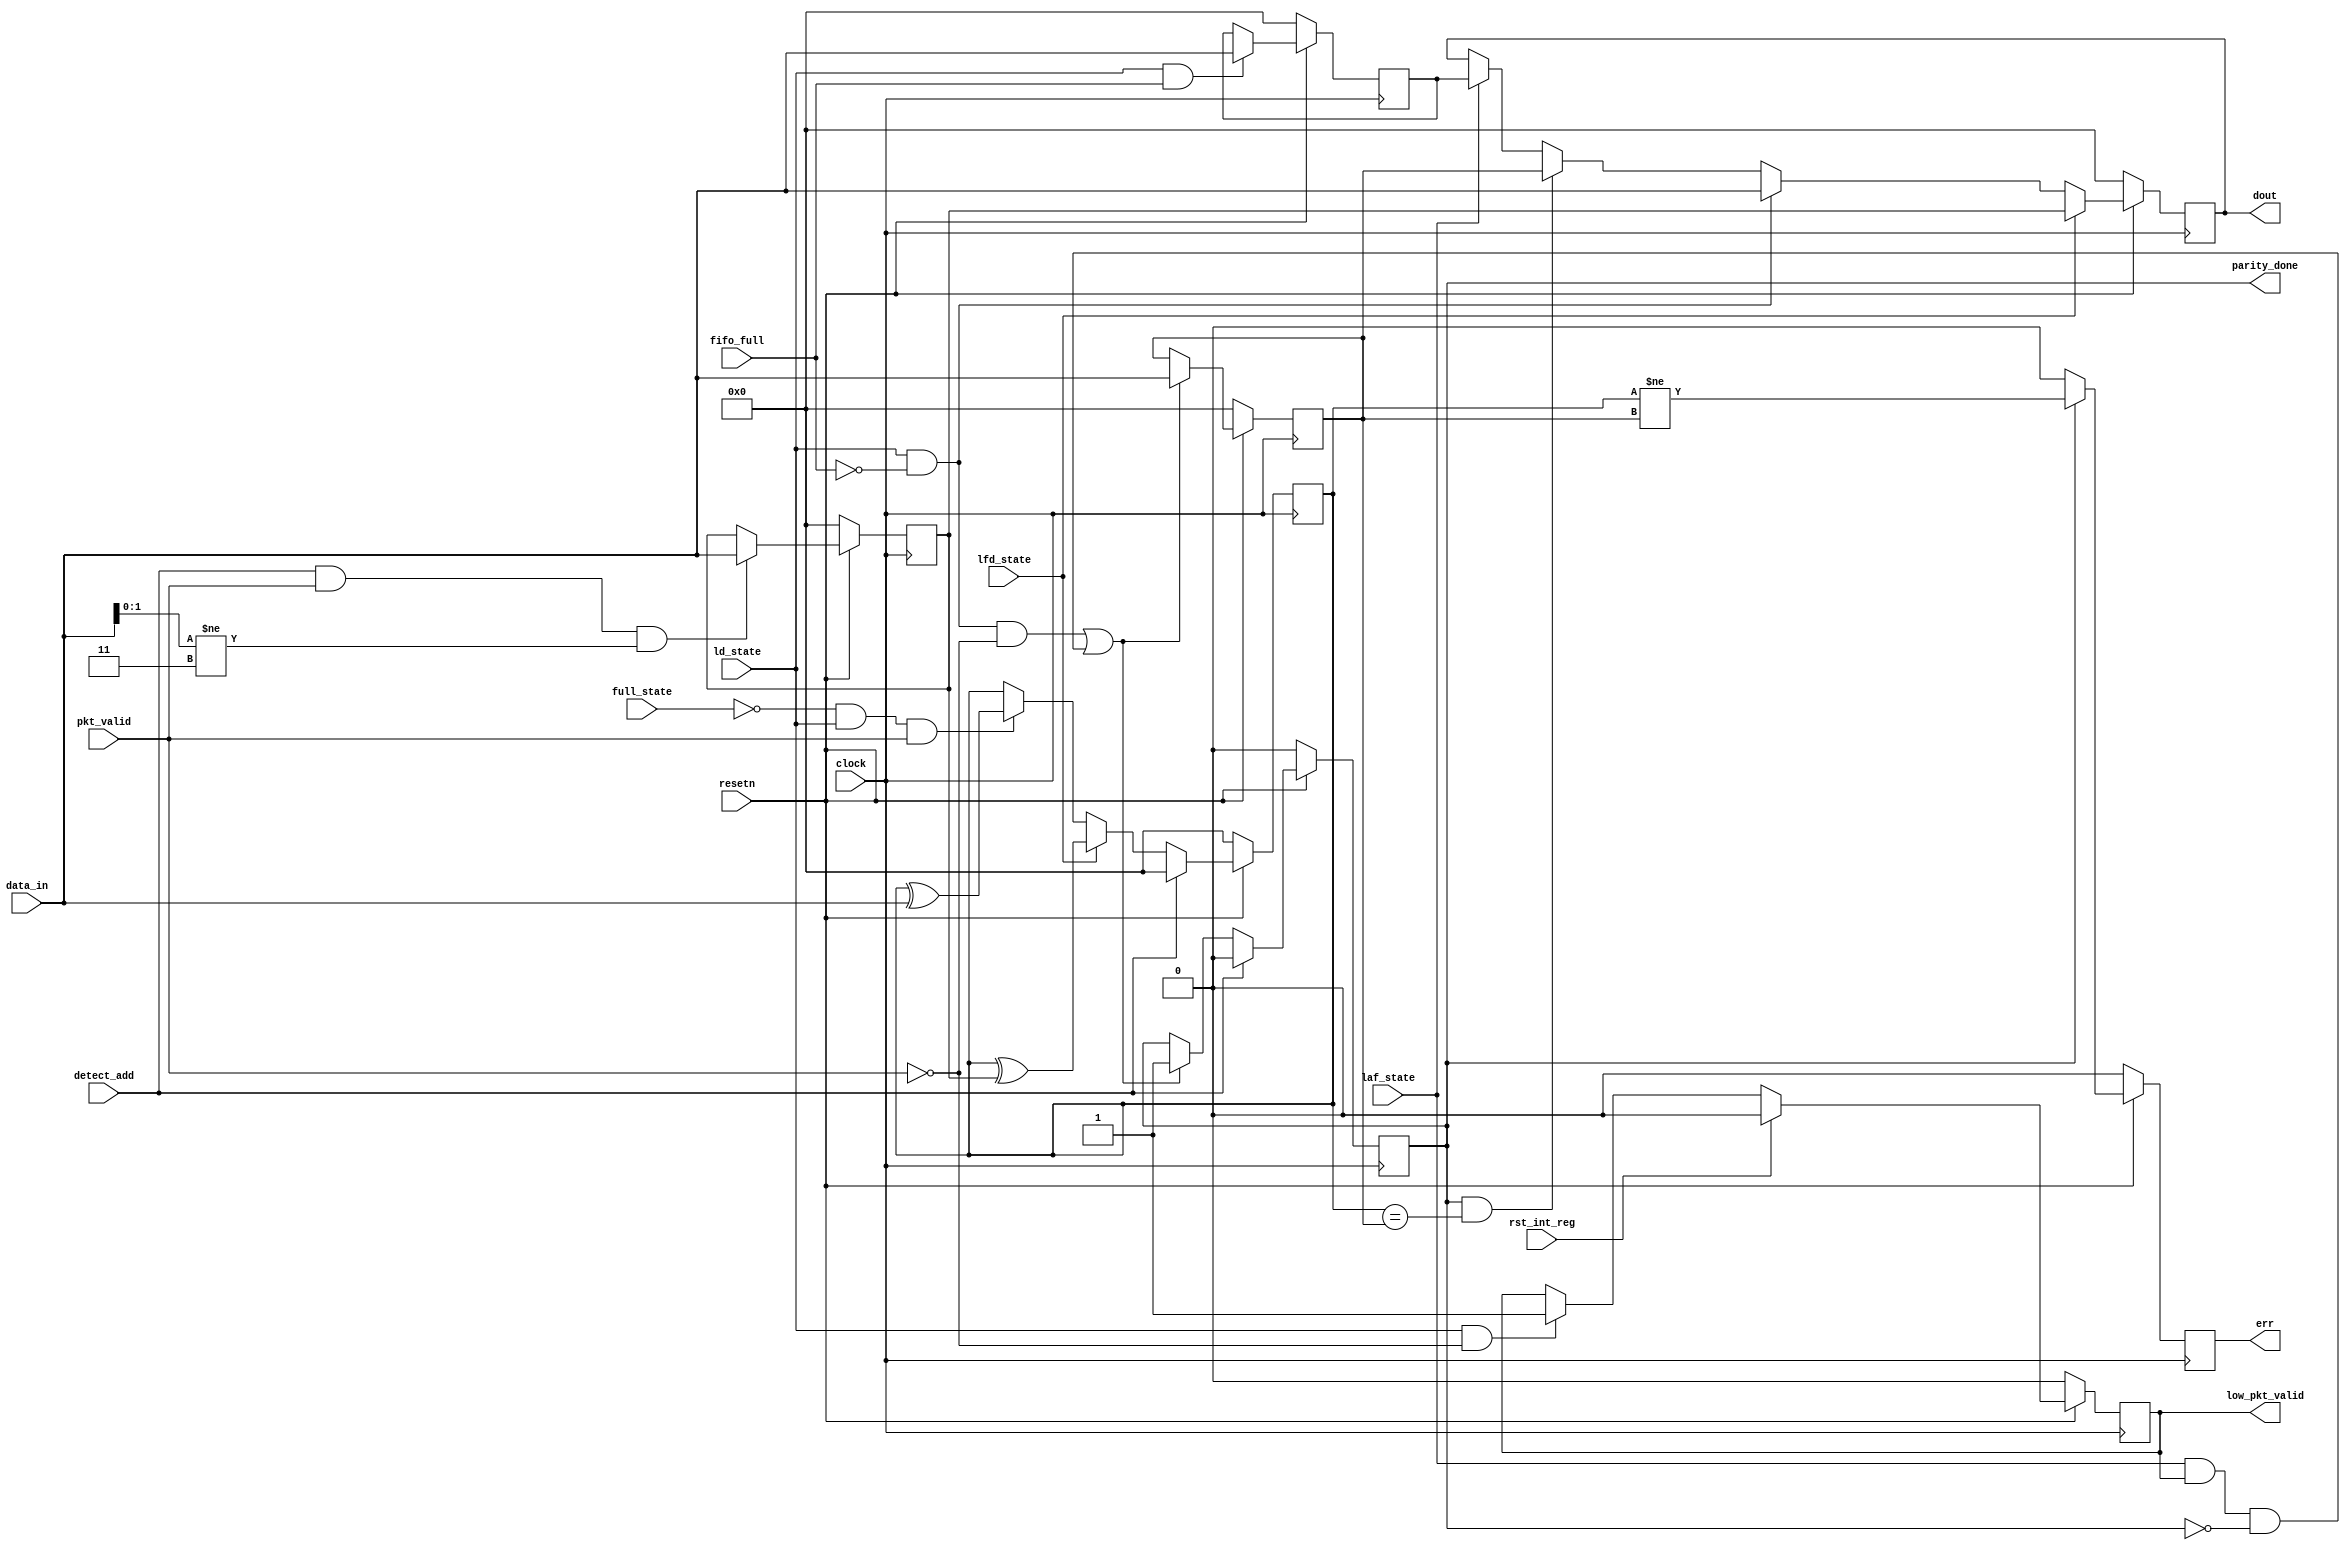
//RTL for Router1x3_Register
module router_reg #(parameter WIDTH = 8) (input clock, resetn, pkt_valid, fifo_full, rst_int_reg, detect_add, ld_state, laf_state, full_state, lfd_state,
                                          input [(WIDTH-1):0] data_in,
				                          output reg parity_done, low_pkt_valid, err,
				                          output reg [(WIDTH-1):0] dout);

  // Internal Registers within Register block
  reg [(WIDTH-1):0] header_byte_reg, fifo_full_state_byte_reg, internal_parity_byte_reg, packet_parity_byte_reg;
  
  always@(posedge clock)
    begin
      err <= (~resetn) ? 1'b0: (parity_done) ? (internal_parity_byte_reg != packet_parity_byte_reg) : 1'b0;
	  low_pkt_valid <= (~resetn) ? 1'b0 : (rst_int_reg) ? 1'b0 : (ld_state && ~pkt_valid) ? 1'b1 : low_pkt_valid;

      parity_done <= (~resetn) ? 1'b0 : (detect_add) ? 1'b0 : ((ld_state && ~fifo_full && ~pkt_valid) || (laf_state && low_pkt_valid && ~parity_done)) ? 1'b1 : parity_done;
	  
	  dout <= (~resetn) ? 8'b0 : (lfd_state) ? header_byte_reg : (ld_state && ~fifo_full) ? data_in : (parity_done && (internal_parity_byte_reg == packet_parity_byte_reg)) ? packet_parity_byte_reg : (laf_state) ? fifo_full_state_byte_reg : dout;
	  
	  header_byte_reg <= (~resetn) ? 8'b0 : (detect_add && pkt_valid && data_in[1:0] != 2'b11) ? data_in : header_byte_reg;
	  fifo_full_state_byte_reg <= (~resetn) ? 8'b0 : (ld_state && fifo_full) ? data_in : fifo_full_state_byte_reg;

      internal_parity_byte_reg <= (~resetn) ? 8'b0 : (detect_add) ? 8'b0 : (lfd_state) ? internal_parity_byte_reg ^ header_byte_reg : (~full_state && ld_state && pkt_valid) ? internal_parity_byte_reg ^ data_in : internal_parity_byte_reg;

      packet_parity_byte_reg <= (~resetn) ? 8'b0 : ((ld_state && ~fifo_full && ~pkt_valid) || (laf_state && low_pkt_valid && ~parity_done)) ? data_in : packet_parity_byte_reg;
	end
endmodule